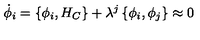
\dot { \phi } _ { i } = \left\{ \phi _ { i } , H _ { C } \right\} + \lambda ^ { j } \left\{ \phi _ { i } , \phi _ { j } \right\} \approx 0